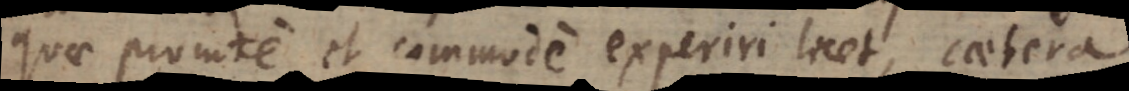
quae promte et commode experiri licet, caetera